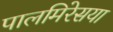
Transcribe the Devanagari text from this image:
पालमिरेसया